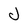
Character: J